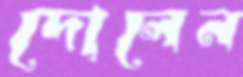
দোলেন